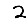
Digit: 2